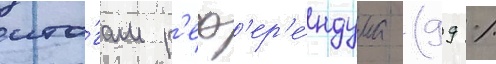
ито́гам р'еф'ер'е́ндума (99 %